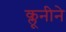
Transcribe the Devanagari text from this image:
क्लूनीने